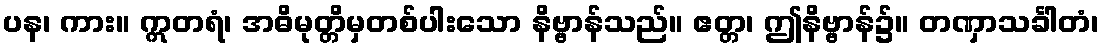
ပန၊ ကား။ ဣတရံ၊ အဓိမုတ္တိမှတစ်ပါးသော နိဗ္ဗာန်သည်။ ဧတ္တ၊ ဤနိဗ္ဗာန်၌။ တဏှာသင်္ခါတံ၊